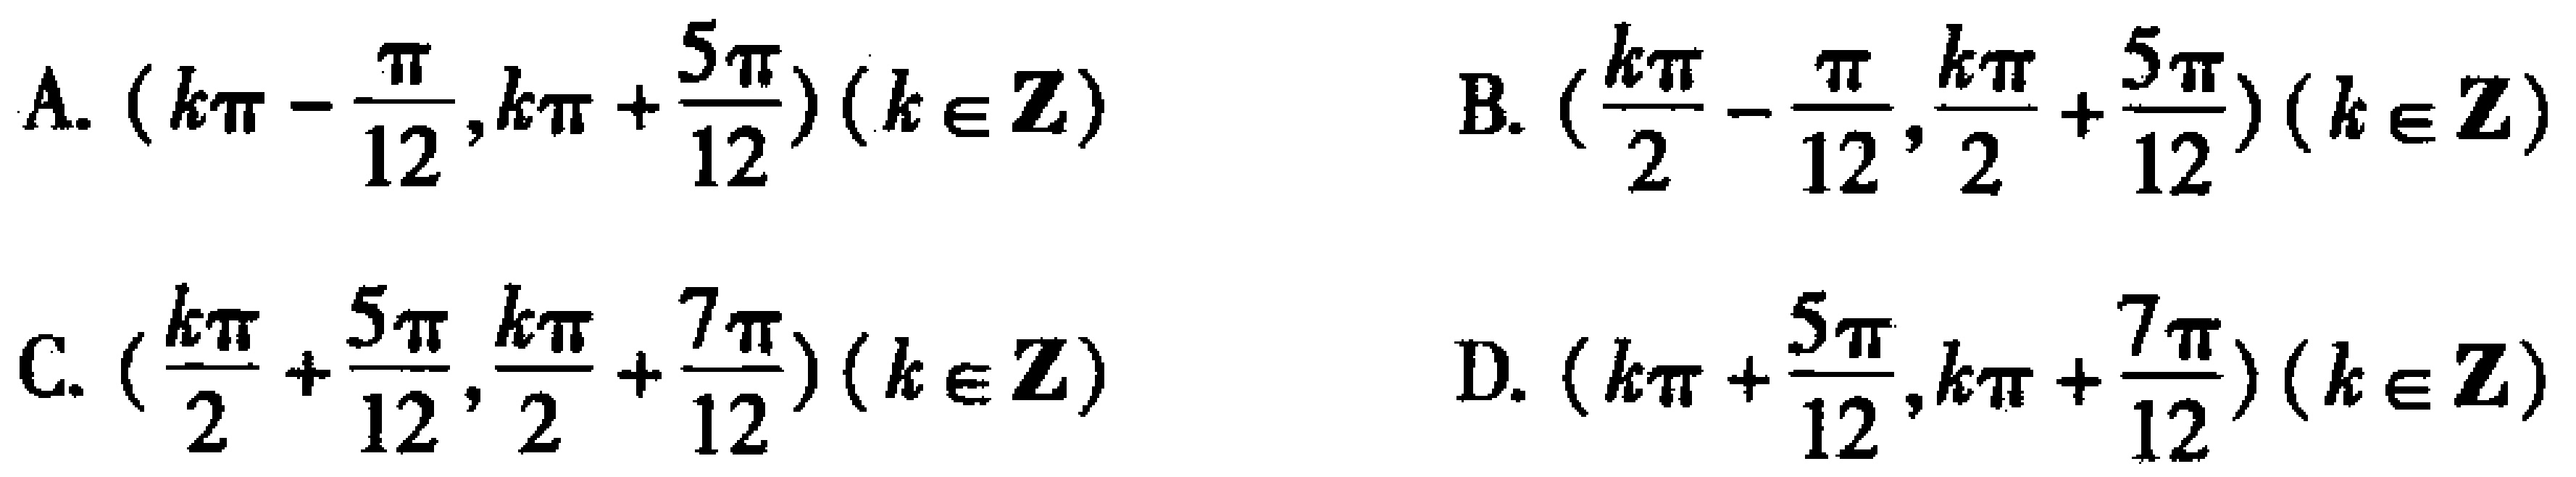
A. \((k\pi - \frac{\pi}{12},k\pi + \frac{5\pi}{12})(k\in\mathbf{Z})\)

B. \((\frac{k\pi}{2} - \frac{\pi}{12},\frac{k\pi}{2} + \frac{5\pi}{12})(k\in\mathbf{Z})\)

C. \((\frac{k\pi}{2} + \frac{5\pi}{12},\frac{k\pi}{2} + \frac{7\pi}{12})(k\in\mathbf{Z})\)

D. \((k\pi + \frac{5\pi}{12},k\pi + \frac{7\pi}{12})(k\in\mathbf{Z})\)